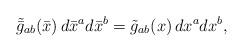
LaTeX: \begin{align*}\tilde {\bar g}_{ab}(\bar x)\, d\bar x^a d\bar x^b = \tilde {g}_{ab}(x)\, dx^a dx^b, \end{align*}